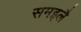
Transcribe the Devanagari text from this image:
समइलै